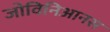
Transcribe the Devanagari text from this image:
जोविनिआनस